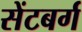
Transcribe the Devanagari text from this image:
सेंटबर्ग